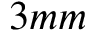
3 m m